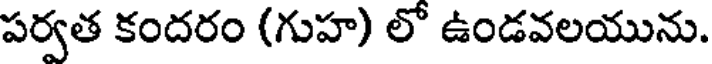
పర్వత కందరం (గుహ) లో ఉండవలయును.